Document type: Act of concord
Year: 1255
Scribe: Pere de Terme
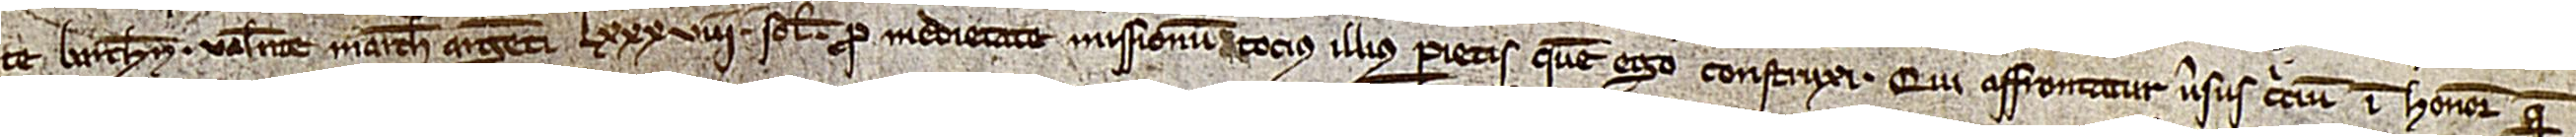
te Barchinone valente marcham argenti LXXXVIII solidorum pro medietate missionum tocius illius parietis quem ego construxi. Qui affrontatur versus circium in honore quem